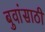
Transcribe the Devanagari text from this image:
बुवांसाठी